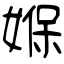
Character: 媬